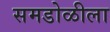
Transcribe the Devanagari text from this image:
समडोळीला